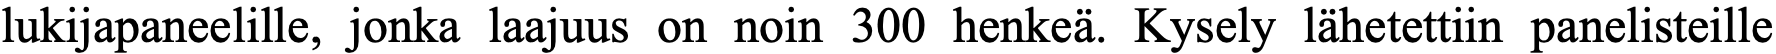
lukijapaneelille, jonka laajuus on noin 300 henkeä. Kysely lähetettiin panelisteille